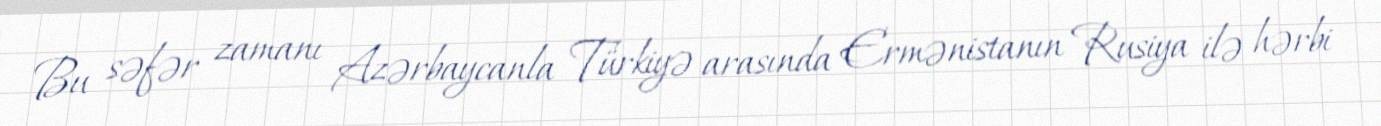
Bu səfər zamanı Azərbaycanla Türkiyə arasında Ermənistanın Rusiya ilə hərbi